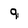
Character: 9